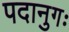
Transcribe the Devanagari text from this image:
पदानुगः